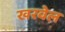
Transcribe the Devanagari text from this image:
खरवेल